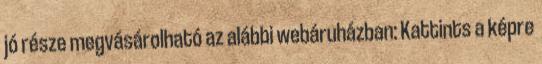
jó része megvásárolható az alábbi webáruházban: Kattints a képre